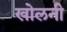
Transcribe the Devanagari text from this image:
खोलनी